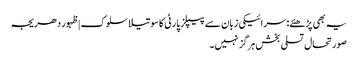
یہ بھی پڑھئے: سرائیکی زبان سے پیپلز پارٹی کا سوتیلا سلوک | ظہور دھریجہ
صورتحال تسلی بخش ہرگز نہیں۔